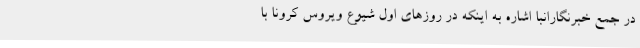
در جمع خبرنگارانبا اشاره به اینکه در روزهای اول شیوع ویروس کرونا با